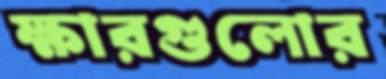
ক্ষারগুলোর